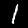
Digit: 1